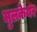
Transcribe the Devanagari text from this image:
मुलकेयर